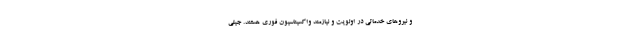
و نیروهای خدماتی در اولویت و نیازمند واکسیناسیون فوری هستند. جیلی